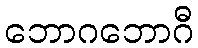
ဘောဂဘောဂီ